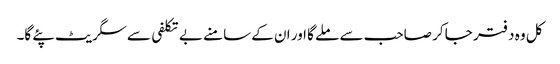
کل وہ دفتر جا کر صاحب سے ملے گا اور ان کے سامنے بے تکلفی سے سگریٹ پئے گا۔